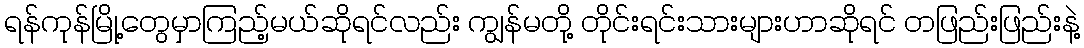
ရန်ကုန်မြို့တွေမှာကြည့်မယ်ဆိုရင်လည်း ကျွန်မတို့ တိုင်းရင်းသားများဟာဆိုရင် တဖြည်းဖြည်းနဲ့